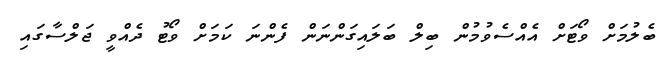
ބެލުމަށް ވޯޓަށް އެއްސެވުމުން ބިލް ބަލައިގަންނަން ފެންނަ ކަމަށް ވޯޓު ދެއްވީ ޖަލްސާގައި